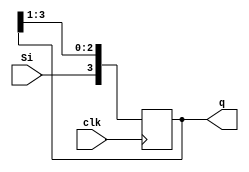
`timescale 1ns / 1ps
//////////////////////////////////////////////////////////////////////////////////
// Company: 
// Engineer: 
// 
// Design Name: 
// Module Name: SIPO_SR
// Project Name: 
// Target Devices: 
// Tool Versions: 
// Description: 
// 
// Dependencies: 
// 
// Revision:
// Revision 0.01 - File Created
// Additional Comments:
// 
//////////////////////////////////////////////////////////////////////////////////


module SIPO_SR(clk,Si,q);
input clk,Si;
output reg [3:0]q;

always@(posedge clk)
begin
   q[3] <= Si;
   q[2] <= q[3];
   q[1] <= q[2];
   q[0] <= q[1];
 end
endmodule